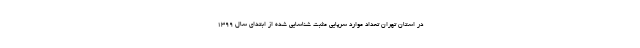
در استان تهران تعداد موارد سرپایی مثبت شناسایی شده از ابتدای سال ۱۳۹۹